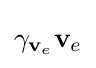
\gamma _{\mathbf {v} _{e}}\mathbf {v} _{e}